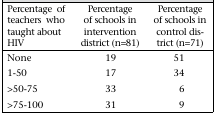
<table><thead><tr><td><b>Percentage of teachers who taught about HIV</b></td><td><b>Percentage of schools in intervention district (n=81)</b></td><td><b>Percentage of schools in control district (n=71)</b></td></tr></thead><tbody><tr><td>None</td><td>19</td><td>51</td></tr><tr><td>1-50</td><td>17</td><td>34</td></tr><tr><td>&gt;50-75</td><td>33</td><td>6</td></tr><tr><td>&gt;75-100</td><td>31</td><td>9</td></tr></tbody></table>